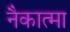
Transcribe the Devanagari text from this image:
नैकात्मा